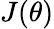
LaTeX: J(\theta)